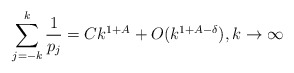
\begin{align*}\sum_{j=-k}^k\frac{1}{p_j}=Ck^{1+A}+O(k^{1+A-\delta}),k\to\infty\end{align*}